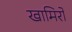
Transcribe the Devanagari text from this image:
खामिरों